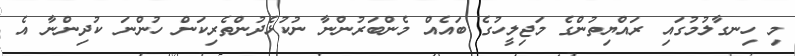
މި ހިނގާލުމުގައި ރައްޔިތުންގެ މަޖިލީހުގެ ބައެއް މެންބަރުންނާ ނުކުޅެދުންތެރިކަން ހުންނަ ކުދިންނާ އެ